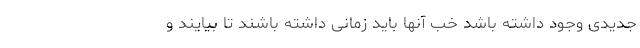
جدیدی وجود داشته باشد خب آنها باید زمانی داشته باشند تا بیایند و